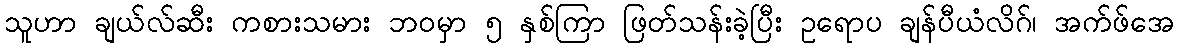
သူဟာ ချယ်လ်ဆီး ကစားသမား ဘဝမှာ ၅ နှစ်ကြာ ဖြတ်သန်းခဲ့ပြီး ဥရောပ ချန်ပီယံလိဂ်၊ အက်ဖ်အေ